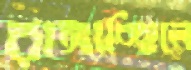
রাঙ্গাচ্ছিলে